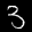
Label: 3